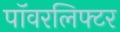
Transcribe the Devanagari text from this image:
पॉवरलिफ्टर